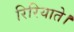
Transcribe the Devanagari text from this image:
रिरियाते।